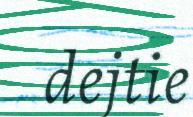
dejtie